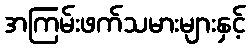
အကြမ်းဖက်သမားများနှင့်